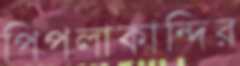
পিপলাকান্দির